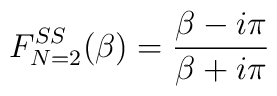
F^{SS}_{N=2}(\beta)=\frac{\beta-i\pi}{\beta + i\pi}